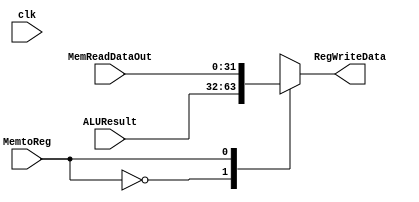
module WriteBack (
    input clk,
    input [31:0]ALUResult,
    input [31:0]MemReadDataOut,
    input MemtoReg,
    output reg [31:0]RegWriteData
);

    always @(*) begin
        case (MemtoReg)
            1'b0: RegWriteData = ALUResult; 
            1'b1: RegWriteData = MemReadDataOut;
            default: RegWriteData = 32'd0;
        endcase
    end
endmodule